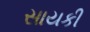
સાયકી